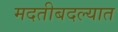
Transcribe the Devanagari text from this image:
मदतीबदल्यात